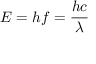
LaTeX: E = h f = { \frac { h c } { \lambda } } \,